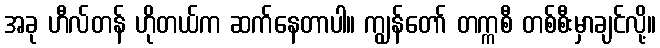
အခု ဟီလ်တန် ဟိုတယ်က ဆက်နေတာပါ။ ကျွန်တော် တက္ကစီ တစ်စီးမှာချင်လို့။